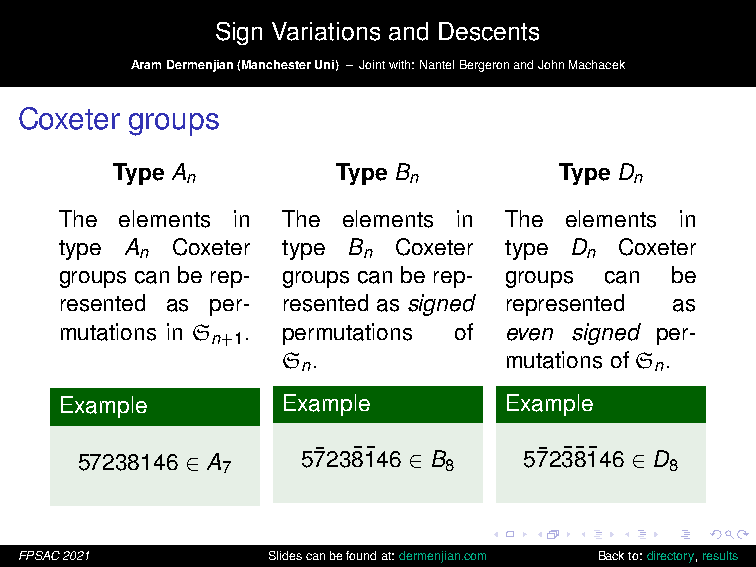
Sign Variations and Descents
 AramDermenjian(ManchesterUni) – Jointwith:NantelBergeronandJohnMachacek
 Coxeter groups
 Type A         Type B         Type D
 n              n              n
 The elements in The elements in The elements in
 type A Coxeter type B Coxeter type D Coxeter
 n              n              n
 groups can be rep- groups can be rep- groups can be
 resented as per- resentedassigned represented as
 mutations in S . permutations of even signed per-
 n+1
 S .           mutations of S .
 n                      n
 Example        Example       Example
 57238146 ∈ A   57¯238¯ 1¯ 46 ∈ B 57¯23¯ 8¯ 1¯ 46 ∈ D
 7             8              8
 FPSAC2021        Slidescanbefoundat:dermenjian.com Backto:directory,results